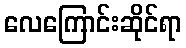
လေကြောင်းဆိုင်ရာ